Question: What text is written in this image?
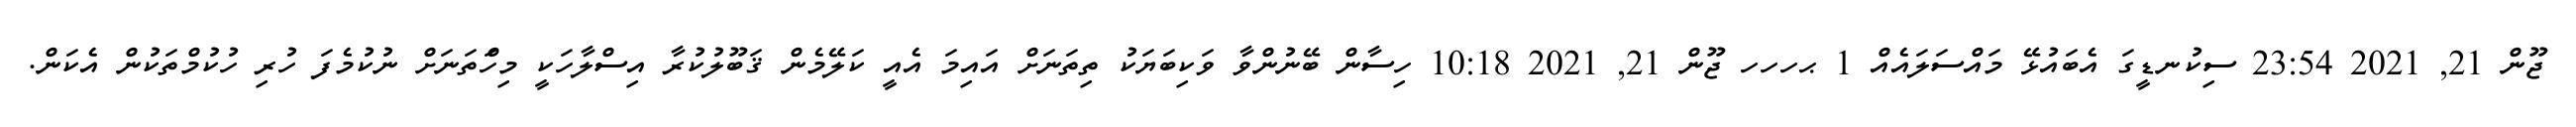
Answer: ޖޫން 21, 2021 23:54 ސިކުނޑީގަ އެބައުޅޭ މައްސަލައެއް 1 ޙހހހ ޖޫން 21, 2021 10:18 ހިސާން ބޭނުންވާ ވަކިބަޔަކު ތިތަނަށް އައިމަ އެއީ ކަލޭމެން ޤަބޫލުކުރާ އިސްލާހަކީ މިހަްތަނަށް ނުކުމެފަ ހުރި ހުކުމްތަކުން އެކަން.